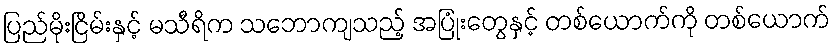
ပြည်မိုးငြိမ်းနှင့် မသီရိက သဘောကျသည့် အပြုံးတွေနှင့် တစ်ယောက်ကို တစ်ယောက်